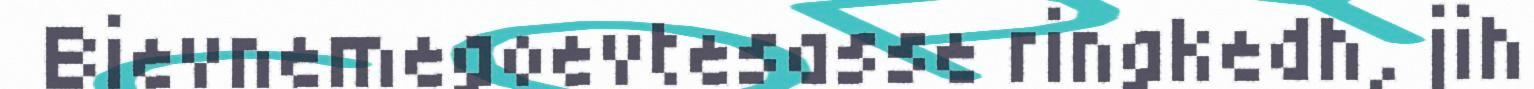
Bievnemegoevtesasse ringkedh, jih